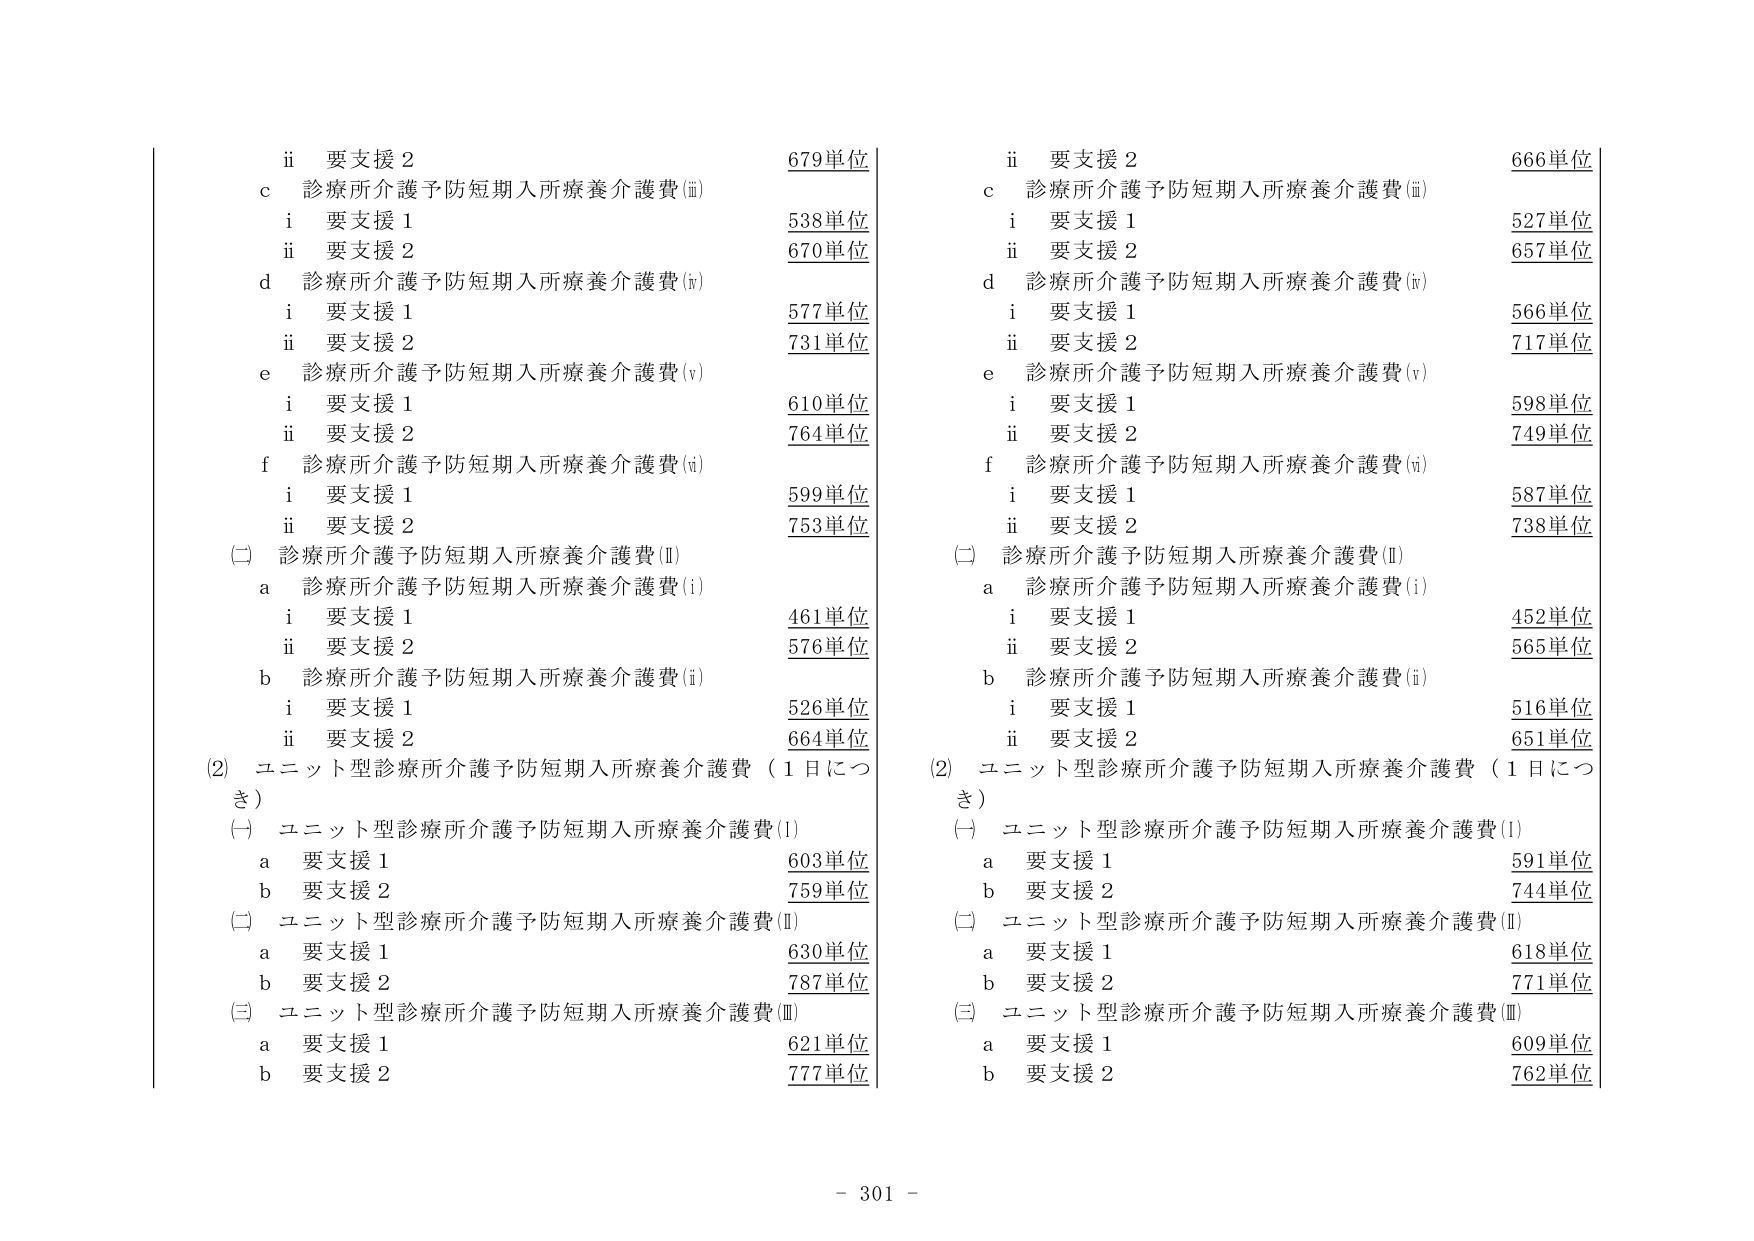
ii 要支援 2 679単位
c 診療所介護予防短期入所療養介護費(ⅲ)
　i 要支援 1 538単位
　ii 要支援 2 670単位
d 診療所介護予防短期入所療養介護費(ⅳ)
　i 要支援 1 577単位
　ii 要支援 2 731単位
e 診療所介護予防短期入所療養介護費(ⅴ)
　i 要支援 1 610単位
　ii 要支援 2 764単位
f 診療所介護予防短期入所療養介護費(ⅵ)
　i 要支援 1 599単位
　ii 要支援 2 753単位
(二) 診療所介護予防短期入所療養介護費(Ⅱ)
　a 診療所介護予防短期入所療養介護費(i)
　　i 要支援 1 461単位
　　ii 要支援 2 576単位
　b 診療所介護予防短期入所療養介護費(ii)
　　i 要支援 1 526単位
　　ii 要支援 2 664単位
(2) ユニット型診療所介護予防短期入所療養介護費（1日につき）
　(一) ユニット型診療所介護予防短期入所療養介護費(I)
　　a 要支援 1 603単位
　　b 要支援 2 759単位
　(二) ユニット型診療所介護予防短期入所療養介護費(Ⅱ)
　　a 要支援 1 630単位
　　b 要支援 2 787単位
　(三) ユニット型診療所介護予防短期入所療養介護費(Ⅲ)
　　a 要支援 1 621単位
　　b 要支援 2 777単位

ii 要支援 2 666単位
c 診療所介護予防短期入所療養介護費(ⅲ)
　i 要支援 1 527単位
　ii 要支援 2 657単位
d 診療所介護予防短期入所療養介護費(ⅳ)
　i 要支援 1 566単位
　ii 要支援 2 717単位
e 診療所介護予防短期入所療養介護費(ⅴ)
　i 要支援 1 598単位
　ii 要支援 2 749単位
f 診療所介護予防短期入所療養介護費(ⅵ)
　i 要支援 1 587単位
　ii 要支援 2 738単位
(二) 診療所介護予防短期入所療養介護費(Ⅱ)
　a 診療所介護予防短期入所療養介護費(i)
　　i 要支援 1 452単位
　　ii 要支援 2 565単位
　b 診療所介護予防短期入所療養介護費(ii)
　　i 要支援 1 516単位
　　ii 要支援 2 651単位
(2) ユニット型診療所介護予防短期入所療養介護費（1日につき）
　(一) ユニット型診療所介護予防短期入所療養介護費(I)
　　a 要支援 1 591単位
　　b 要支援 2 744単位
　(二) ユニット型診療所介護予防短期入所療養介護費(Ⅱ)
　　a 要支援 1 618単位
　　b 要支援 2 771単位
　(三) ユニット型診療所介護予防短期入所療養介護費(Ⅲ)
　　a 要支援 1 609単位
　　b 要支援 2 762単位

- 301 -